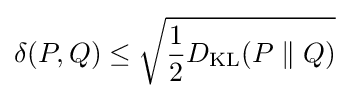
\delta (P,Q)\leq {\sqrt {{\frac {1}{2}}D_{\mathrm {KL} }(P\parallel Q)}}